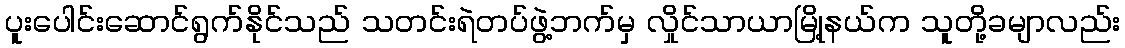
ပူးပေါင်းဆောင်ရွက်နိုင်သည် သတင်းရဲတပ်ဖွဲ့ဘက်မှ လှိုင်သာယာမြို့နယ်က သူတို့ခမျာလည်း